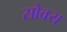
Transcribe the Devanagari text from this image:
सोवय